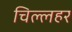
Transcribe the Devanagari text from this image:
चिल्लहर